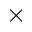
\times